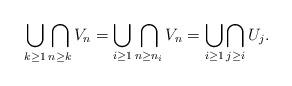
LaTeX: \begin{align*}\bigcup_{k\geq 1}\bigcap_{n\geq k} V_n =\bigcup_{i\geq 1} \bigcap_{n\geq n_i }V_n =\bigcup_{i\geq 1} \bigcap_{j\geq i }U_j.\end{align*}